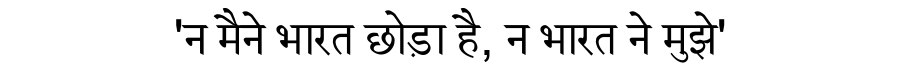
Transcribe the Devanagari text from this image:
'न मैने भारत छोड़ा है, न भारत ने मुझे'